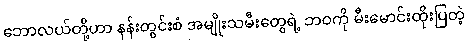
ဘောလယ်တို့ဟာ နန်းတွင်းစံ အမျိုးသမီးတွေရဲ့ ဘဝကို မီးမောင်းထိုးပြတဲ့